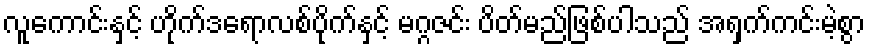
လူကောင်းနှင့် ဟိုက်ဒရောလစ်ပိုက်နှင့် မဂ္ဂဇင်း ပိတ်မည်ဖြစ်ပါသည် အရှက်ကင်းမဲ့စွာ